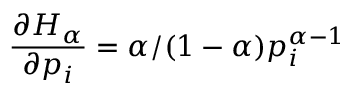
\frac { \partial H _ { \alpha } } { \partial p _ { i } } = \alpha / ( 1 - \alpha ) p _ { i } ^ { \alpha - 1 }